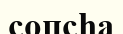
сопсһа